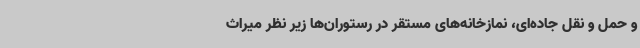
و حمل و نقل جاده‌ای، نمازخانه‌های مستقر در رستوران‌ها زیر نظر میراث